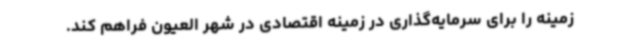
زمینه را برای سرمایه‌گذاری در زمینه اقتصادی در شهر العیون فراهم کند.